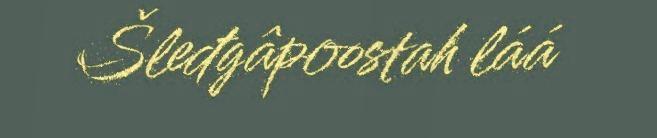
Šleđgâpoostah láá